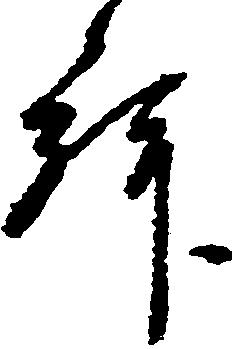
拝